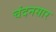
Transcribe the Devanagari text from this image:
चंदनसार